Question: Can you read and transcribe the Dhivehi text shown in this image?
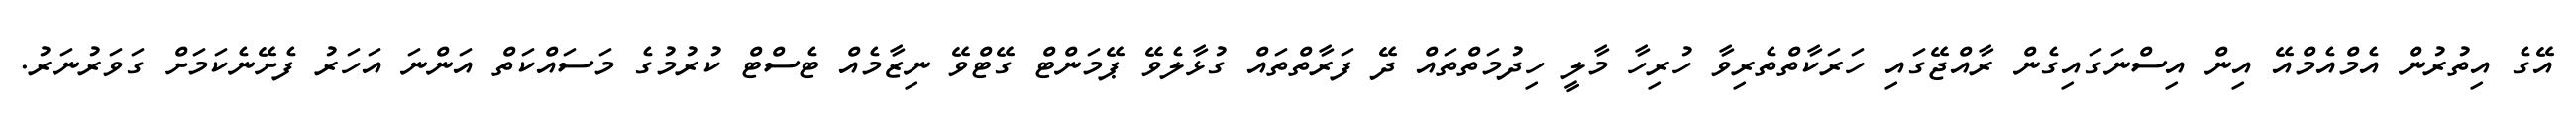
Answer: އޭގެ އިތުރުން އެމްއެމްއޭ އިން އިސްނަގައިގެން ރާއްޖޭގައި ހަރަކާތްތެރިވާ ހުރިހާ މާލީ ހިދުމަތްތައް ދޭ ފަރާތްތައް ގުޅާލެވޭ ޕޭމަންޓް ގޭޓްވޭ ނިޒާމެއް ޓެސްޓް ކުރުމުގެ މަސައްކަތް އަންނަ އަހަރު ފެށޭނެކަމަށް ގަވަރުނަރު.